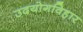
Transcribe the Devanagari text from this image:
उदयोगविहार